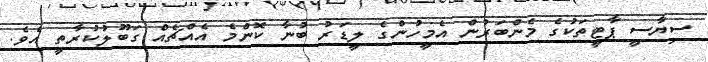
ސިޔާސީ ޕާޓީތަކުގެ މެންބަރުން އެމީހުންގެ ލީޑަރު ބުނާ ކޮންމެ އެއްޗެއް ގަބޫލުކުރާތީ އެވެ.